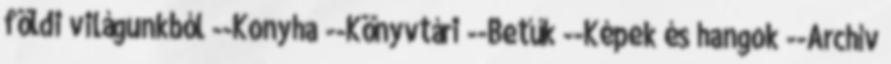
földi világunkból --Konyha --Könyvtári --Betűk --Képek és hangok --Archív